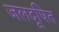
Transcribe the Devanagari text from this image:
जलदूषित